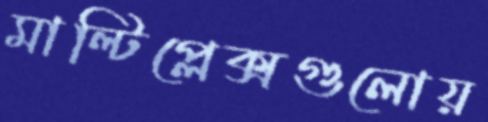
মাল্টিপ্লেক্সগুলোয়